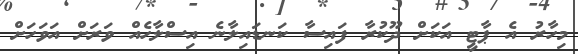
މިހާރު އެ ޕާޓީ އަކަށް ދޫކުރާ ފައިސާ ކަނޑައިލާނެ އިސްލާހެއް ވަރަށް އަވަހަށް